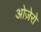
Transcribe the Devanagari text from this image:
ओज़ेरो